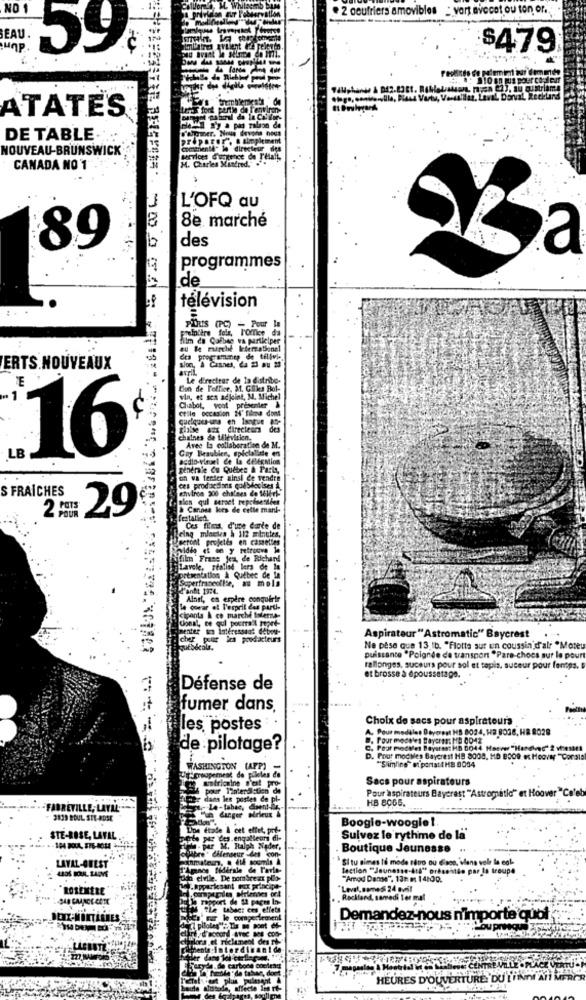
NO 1
. 2 oeufriers amovibles : vert avecet ou ton of.
BEAU
duni
59
$479
tval Dorval Reckand
ATATES
Der. Nous devons nous
DE TABLE
préparer", a simplement
prepa
NOUVEAU-BRUNSWICK
comment" le directeur des
services d'urgence de T'était,
M. Charles Mindred. ..
CANADA NO 1
L'OFQ au
8e marché
des
89
a
programmes
de
television
Freialtre fals, l'Office da
PORIS (PC) - Pour
film de Cafbse va participer
ERTS.NOUVEAUX
sion, À Cisnes, da 23 au 23
avril
E
Le directeur de la diatribe-
Con de F'office, 31. Glikes Bol-
- 1
via, et sen adjoint, M.
Chabot, vont presenter &
ctile occasion 24' filme dont
thise aux directeur
chaines de television.
16
Cay Beaublen, opletaliste en
LB
Bendrie Cu Quebes & Parts,
on va tenter ainsi de vendre
S FRAICHES
environ 300 chaines de 1616rl-
polon qui street repolisensdes
2 Pers
Cannes lors de celle mark-
29
festalich
Ces fimma, d'une Carte de
C'estont projetés en camelles
Being mlaeles à 112 minutes,
Ajfilm Frase Jet,
Jen de Richard
Lavele, réalisé lers de la
Hortsentation & Québec de la
Seperfrancoflie, au mola
Alnel, en espère conquirir
le cowar el l'esprit des pard.
cipanta & co marché Isterna-
Conal, ce qui pourra'l topet-
enter tus interessaat debou
cher pour les poo
Aspirateur "Astromatic" Baycrest
ESécole,
Ne pese que 13 lb. "Flotta sur un coussin d'alr *Moteu
puissance "Poignée de transport "Pare-chocs sur le pour
rallonges, suceurs pour sol et tapis, suceur pour fontps.
et brosse à époussetage. .
Défense de
fumer dans.
Choix de sacs pour aspirateurs
les, postes
A. Pour modèles Deyerest HB 8024, H3 8038, HR 8028
D. Pour mode'es Bayerns: HD 0042
de pilotage?
. Pour medves Beyersst HD 0044 Hoever "Haneved" 2 vresatt
mociles Baycrest HB 8000, HD B009 es Hoovay "Corsia
WASHINGTON (AFP)
"Slimline" et portsttHB 8004
y-groupement de pileles de
Sacs pour aspirateurs
pour T'interdistien de
dans les postes
HB 8065.
Pour'aspirateurs Bayerast "Astromatic" et Hoover "Ce'eb
-FABREVILLE, LAYAL."
3839 BOUL STE-BDSE
Boogie-woogie !
Une étade & cet effet, pri-
STE-ROSE, LAVAL
qallears di-
Sulvez le rythme de lå"
pre" CHenseur -det con-
Ralph Nader,
Boutique Jeunesse .
LAVAL-AFEST
milan, . 4
*Si tu aimes lé mode sêtro ou Esco,'wlans vole le eol-
"Apnee tiderale de Tario-
lection "Jeunesse-414" présentée par la troupe
den elvile. De nombreux plo-
"Amod Dende", 13: m 14:00.
ROTEMERE'
.hppartesant
PET Principe
Level, sames 24 avril
348 GAANCE AETE
Le rapport de 12 pages In-
Rockland, samedi ler mal
tabac: cos effets
DEXX-MONTARNES
Demandez-nous n'importe quoi
ou presto
HEURES D'OUVERTURE: DU L'INDIA